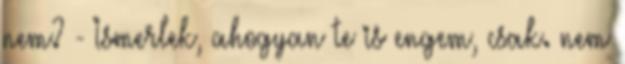
nem? - Ismerlek, ahogyan te is engem, csak. nem